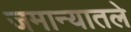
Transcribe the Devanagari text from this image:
जमान्यातले